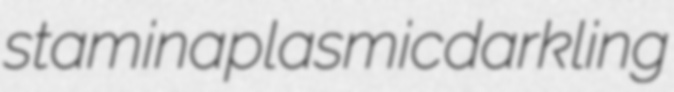
stamina plasmic darkling